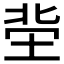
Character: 𡋭